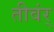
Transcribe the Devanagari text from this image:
तीवंर्